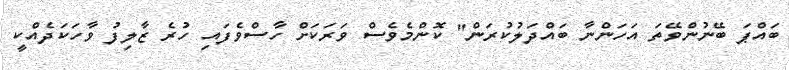
ބައްޕަ ބޭނުންވޭތަ އަހަންނާ ބައްދަލުކުރަން" ކޮންމެވެސް ވަރަކަށް ހާސްވެފައި ހުރެ ޒާލިފު ވާހަކަދެއްކީ